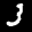
Label: 3